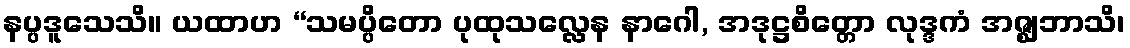
နပ္ပဒူသေသိ။ ယထာဟ “သမပ္ပိတော ပုထုသလ္လေန နာဂေါ, အဒုဋ္ဌစိတ္တော လုဒ္ဒကံ အဇ္ဈဘာသိ၊